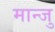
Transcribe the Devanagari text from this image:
मान्जु